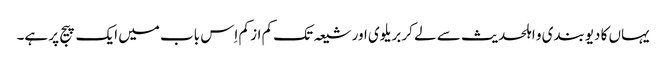
یہاں کا دیوبندی و اہلحدیث سے لے کر بریلوی اور شیعہ تک کم از کم اِس باب میں ایک پیج پر ہے۔